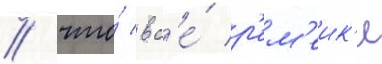
/ что́ вс'е́ р'ем'еик'и